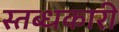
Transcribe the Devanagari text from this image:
स्तब्धकारी